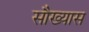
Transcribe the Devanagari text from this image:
सौख्यास